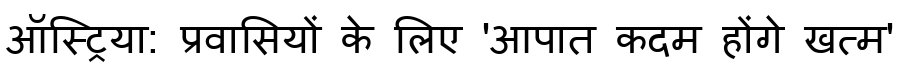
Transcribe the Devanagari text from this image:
ऑस्ट्रिया: प्रवासियों के लिए 'आपात कदम होंगे खत्म'